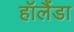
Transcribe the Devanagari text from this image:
हॉलैंडा